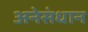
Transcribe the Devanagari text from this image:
अनेसंधान